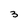
Character: 3